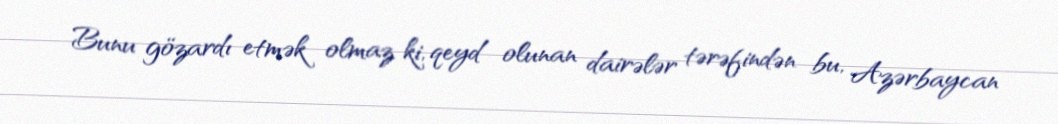
Bunu gözardı etmək olmaz ki, qeyd olunan dairələr tərəfindən bu, Azərbaycan